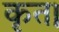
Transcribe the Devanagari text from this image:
कृत।